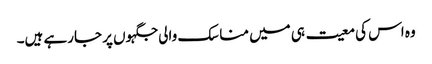
وہ اس کی معیت ہی میں مناسک والی جگہوں پر جارہے ہیں۔